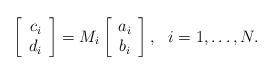
LaTeX: \begin{align*}\left[ \begin{array}{c} c_i \\ d_i \end{array} \right] = M_i \left[ \begin{array}{c} a_i \\ b_i \end{array} \right],\ \ i = 1,\dots, N. \end{align*}